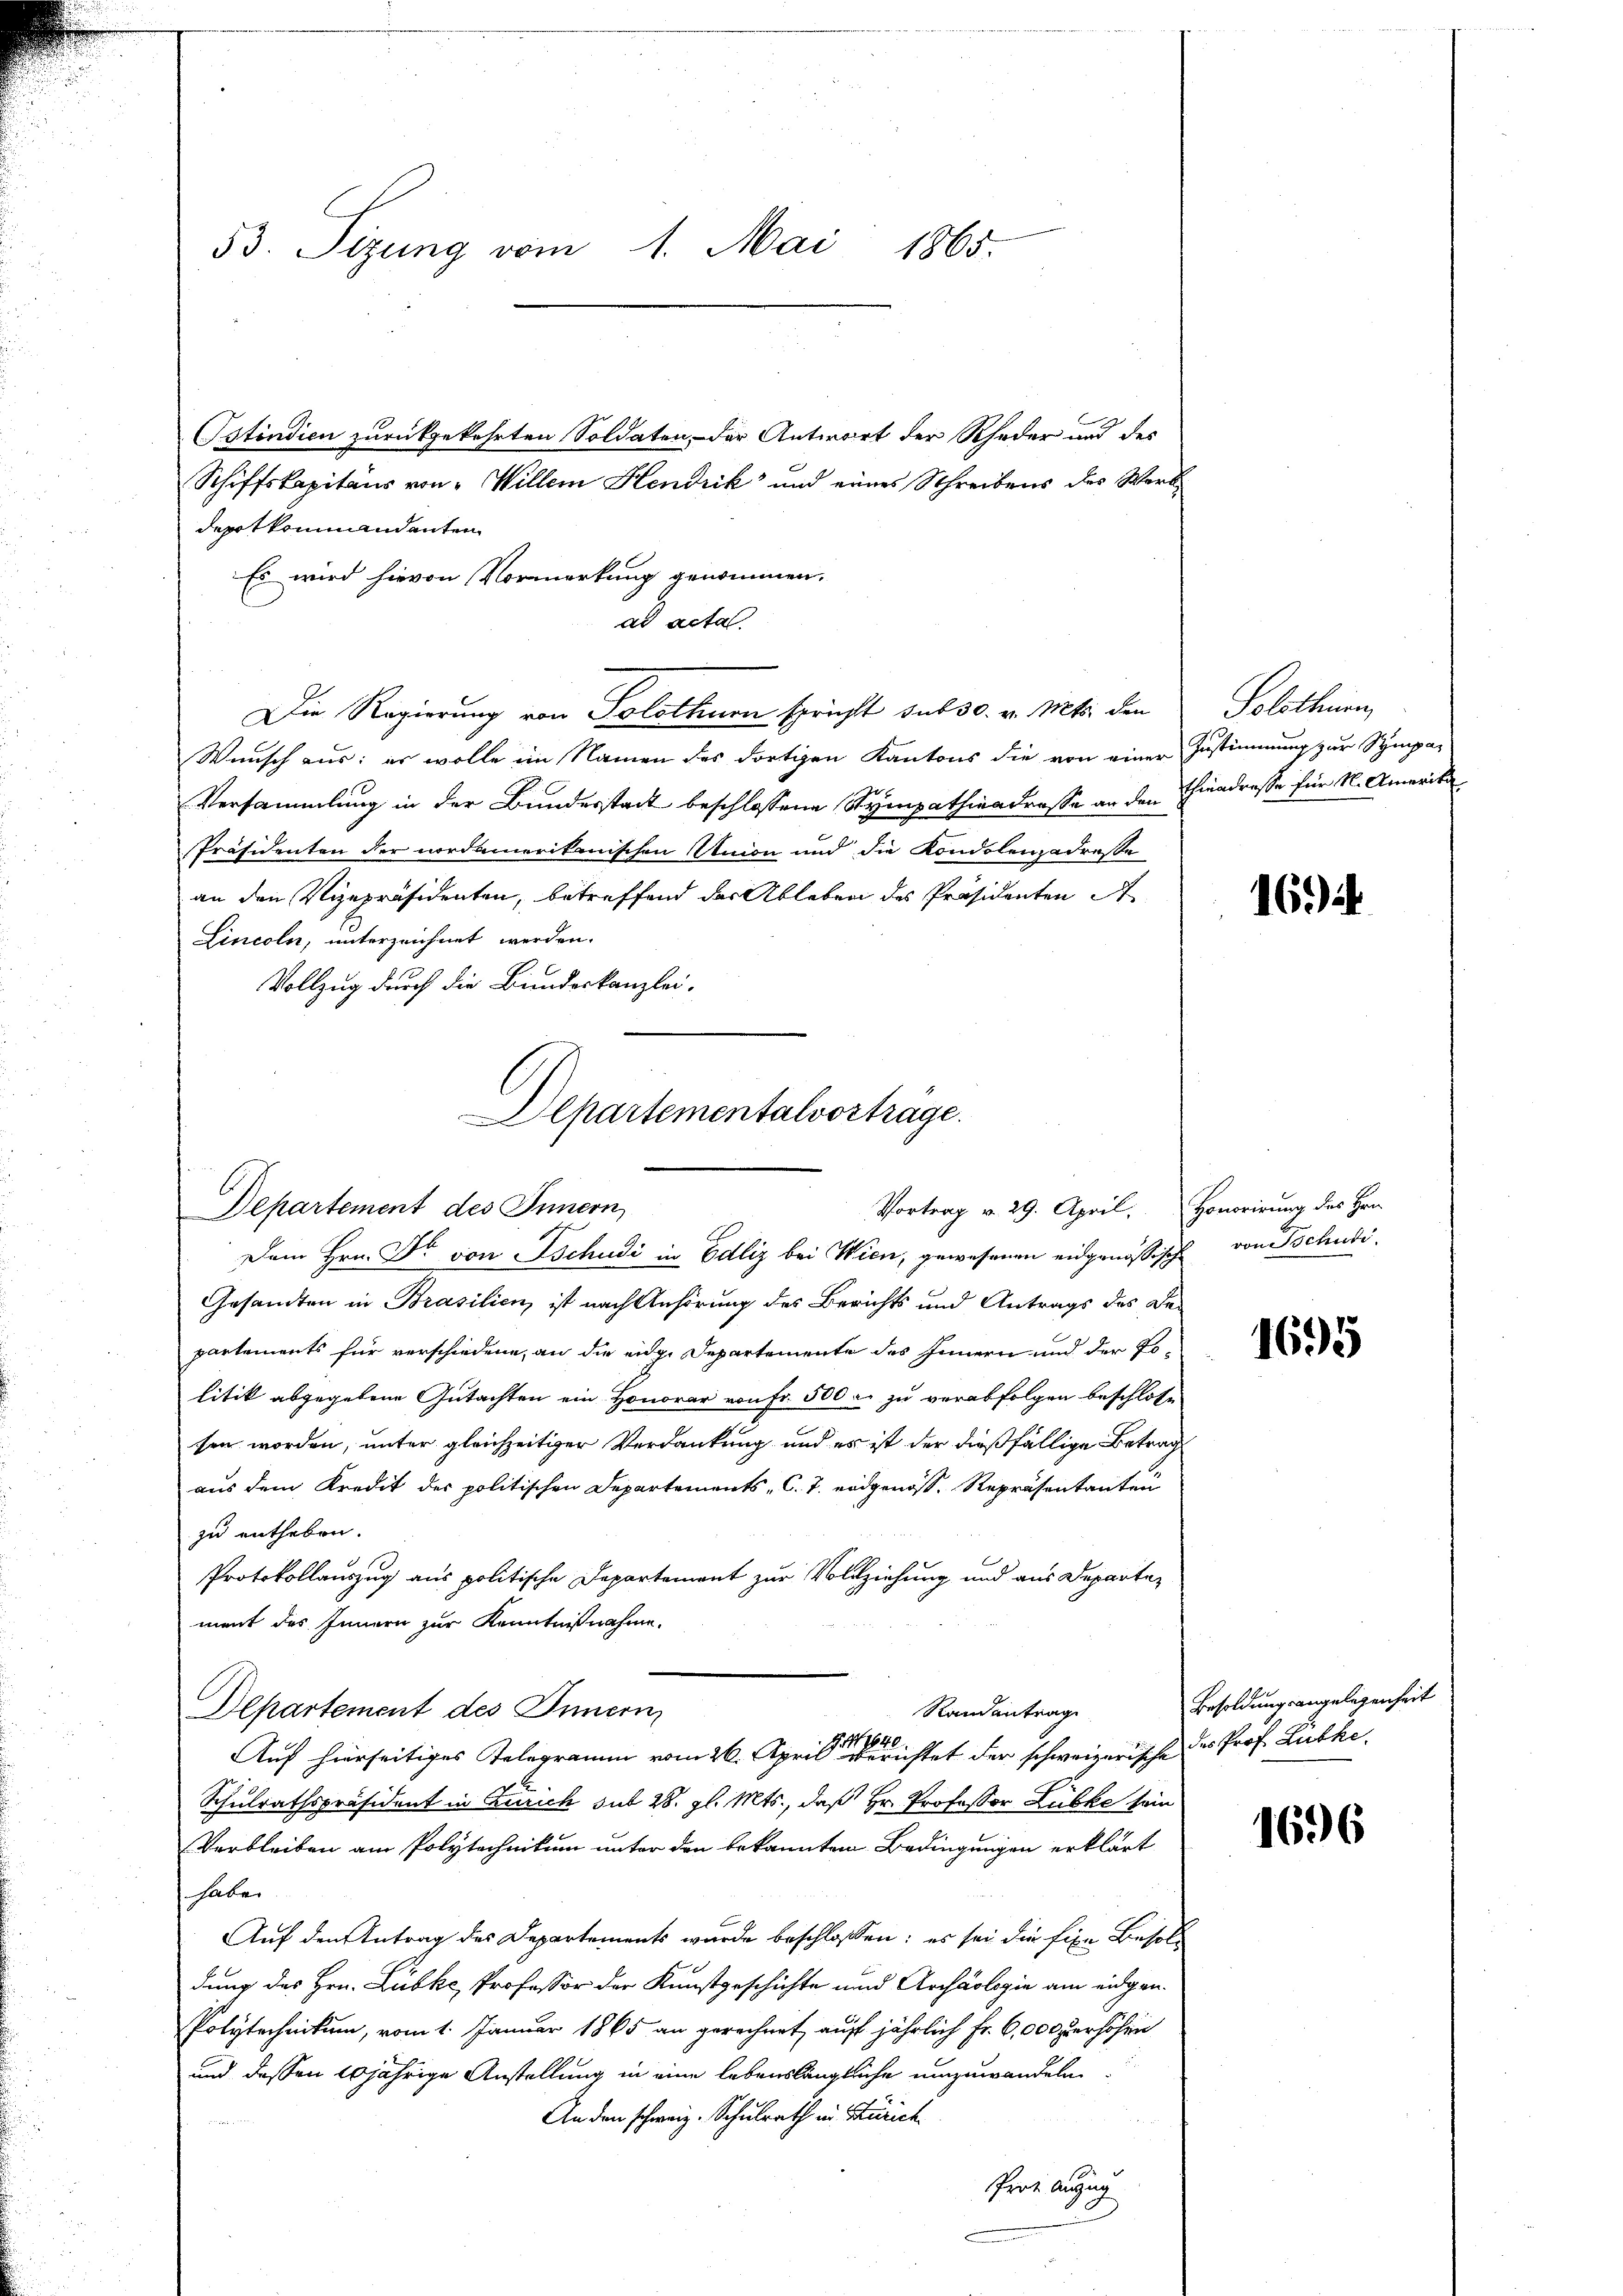
53. Sizung vom 1. Mai 1865.

Ostindien zurückgekehrten Soldaten, – der Antwort der Rheder und des
Schiffskapitaus von "Willem Hendrik und eines Schreibens des Werk
depot kommandanten
Es wird hievon Vormerkung genommen.
ad acta
Die Regierung von Solothurn spricht sub 30. v. Mts. den
Wunsch aus: er wolle im Namen des dortigen Kantons die von einer Zustimmung zur Sympa¬
Versammlung in der Bundesstadt beschlossene Sympathiendrosse an den Thieadresse für M. Amerika
Präsidenten der nordamerikanischen Union und die Kondolenzadresse
an den Vizepräsidenten, betreffend der Ableben des Präsidenten A
Lincoln, unterzeichnet werden.
Vollzug durch die Bundeskanzlei-
Departementalvorträge.

Vortrag v. 29. April. Honorirung des Hrn.
Departement des Innern,

Dem Hrn. Dr von Tschudi in Edliz bei Wien, gewesenen eidgenössisch von Tschudi-
Gesamten in Brasilien, ist nach Anhörung des Berichts und Antrags des De-
partements für verschiedene, an die eidge Departemente des Innern und der Tolitik abgegebene Gutachten ein Honorar von Fr. 500 r. zu verabfolgen beschlose
sen worden, unter gleichzeitiger Verdankung und es ist der dießfällige Betrag
aus dem Kredit des politischen Departements C. J. eidgenoss. Repräsentanten
zu entheben.
Protokollauszug aus politische Departement zur Vollziehung und aus Departement des Innern zur Kenntnißnahme.
Departement des Innern
Randantrag
240.
Auf hierseitiges Telegramm vom 26. Aprill errichtet der schweizerische des Prof. Lübke.
Schulrathspräsident in Zürich sub 28. gl. Mts., daß Hr. Professor Lübke sein
Verbleiben am Polytechnikum unter den bekannten Bedingungen erklärt
haben
Auf den Antrag des Departements wurde beschlossen: es sei die fixe Besoldung des Hrn. Lübke, Professor der Kunstgeschichte und Archäologie am eidgen.
Polytechnikum, vom 1. Januar 1865 an gerechnet, auf jährlich Fr. 6,000 erhöhen
und dessen 20jährige Anstellung in eine lebenslängliche umzuwandeln.
An den schweiz. Schulrath in Zürich
Prot. Anzug

Solothurn,

169

1695

Besoldungsangelegenheit

1696